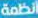
انظمة